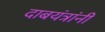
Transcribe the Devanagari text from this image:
दाबयंत्रांनी